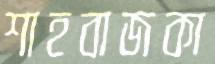
শাহবাজকা